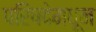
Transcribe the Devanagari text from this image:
परिषदेमधून